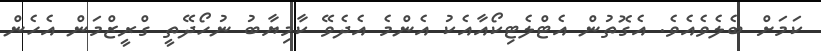
ކަމަށް ބެލެވެއެވެ. އެގޮތުން އެޓްލެޓިކޯއާއެކު އެންމެ އެދެވޭ ކާމިޔާބު ނުހޯދޭތީ ގްރީޒްމަން އެހެން